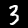
Digit: 3